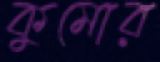
কুমোর